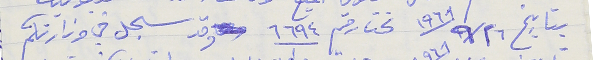
بتاريخ ١٩٦٨/٩/٢٦ تحت رقم ٦٦٩٤ وقد سجل في وزارتكم